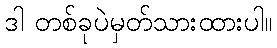
ဒါ တစ်ခုပဲမှတ်သားထားပါ။